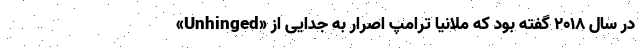
«Unhinged» در سال ۲۰۱۸ گفته بود که ملانیا ترامپ اصرار به جدایی از